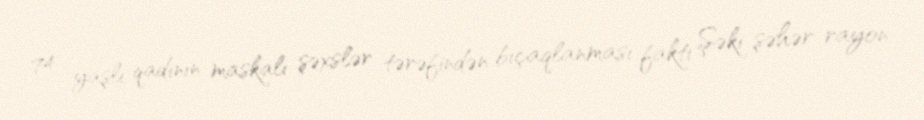
74 yaşlı qadının maskalı şəxslər tərəfindən bıçaqlanması faktı Şəki şəhər-rayon